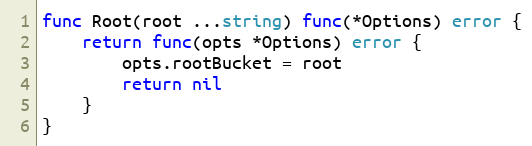
Language: Go
func Root(root ...string) func(*Options) error {
	return func(opts *Options) error {
		opts.rootBucket = root
		return nil
	}
}